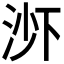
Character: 𬇭